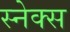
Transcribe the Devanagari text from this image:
स्नेक्स